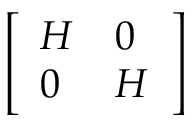
\left[ \begin{array} { l l } { H } & { 0 } \\ { 0 } & { H } \end{array} \right]